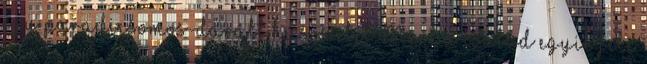
egy paradicsomos-darált húsos étel. Mert a család egyik fele